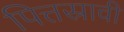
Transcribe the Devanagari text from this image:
पित्तस्रावी